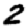
Digit: 2